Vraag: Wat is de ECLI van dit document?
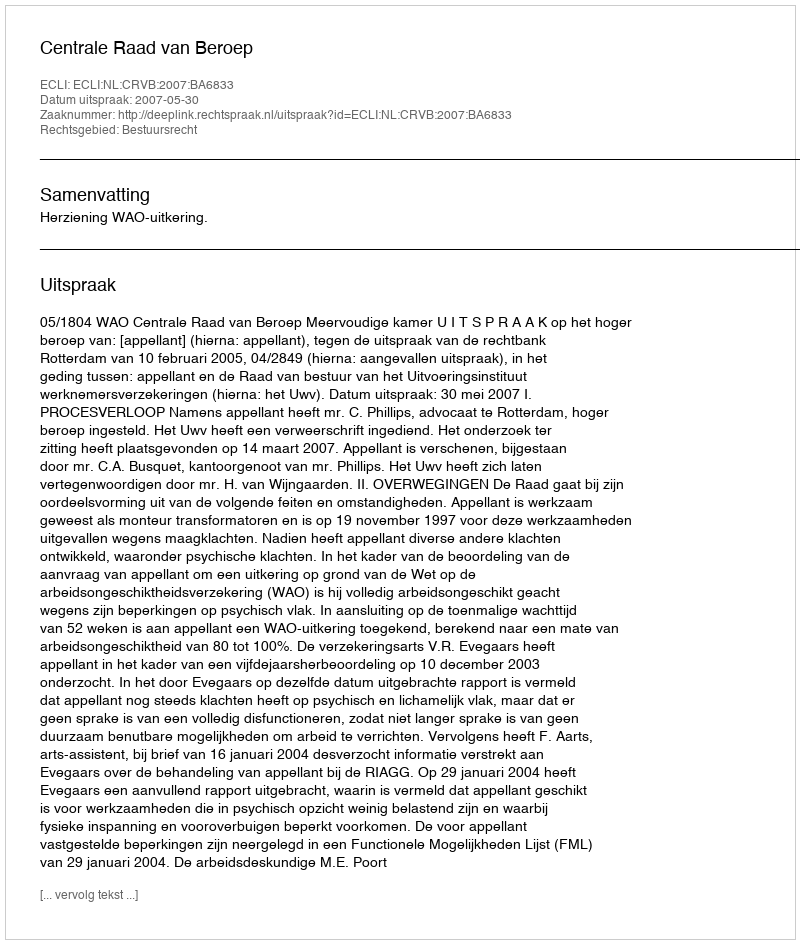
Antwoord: ECLI:NL:CRVB:2007:BA6833